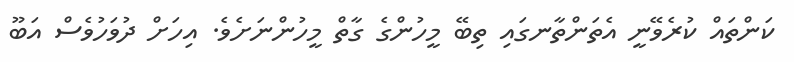
ކަންތައް ކުރެވޭނީ އެތަންތާނގައި ތިބޭ މީހުންގެ ގާތް މީހުންނަށެވެ. އިހަށް ދުވަހުވެސް އަބޫ